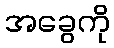
အခွေကို